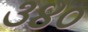
૩૪૦